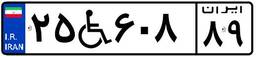
۲۴W۱۱۷۴۸